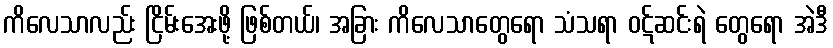
ကိလေသာလည်း ငြိမ်းအေးဖို့ ဖြစ်တယ်၊ အခြား ကိလေသာတွေရော သံသရာ ဝဋ်ဆင်းရဲ တွေရော အဲဒီ